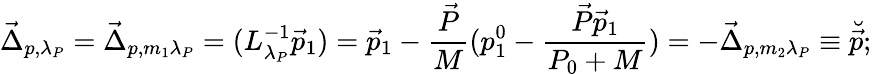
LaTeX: \vec{\Delta}_{p,\lambda_{P}}=\vec{\Delta}_{p,m_{1}\lambda_{P}}=(L_{\lambda_{P}}^{-1}\vec{p}_{1})=\vec{p}_{1}-\frac{\vec{P}}{M}(p_{1}^{0}-\frac{\vec{P}\vec{p}_{1}}{P_{0}+M})=-\vec{\Delta}_{p,m_{2}\lambda_{P}}\equiv\breve{\vec{p}};